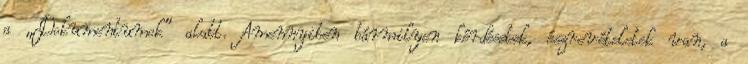
a „Dokumentumok” alatt. Amennyiben bármilyen kérdésetek, észrevételetek van, a